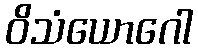
ဝိသံယောဂေါ